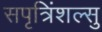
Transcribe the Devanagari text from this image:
सपृत्रिंशल्सु